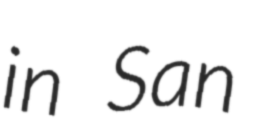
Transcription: in San